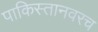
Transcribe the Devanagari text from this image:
पाकिस्तानवरच